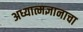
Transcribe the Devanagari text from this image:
अध्यात्मज्ञानाचा